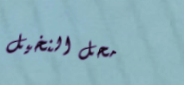
محل النخيل